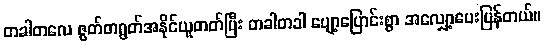
တခါတလေ ဇွတ်တရွတ်အနိုင်ယူတတ်ပြီး တခါတခါ ပျော့ပြောင်းစွာ အလျှော့ပေးပြန်တယ်။